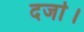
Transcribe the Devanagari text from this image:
दर्जा।